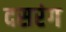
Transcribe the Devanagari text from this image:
दसरंग